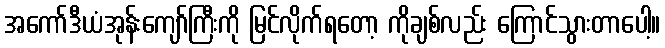
အကော်ဒီယံအုန်းကျော်ကြီးကို မြင်လိုက်ရတော့ ကိုချစ်လည်း ကြောင်သွားတာပေါ့။